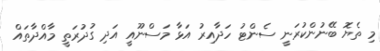
މި ތެޔޮ ބޭނުންކުރަނީ ސެންޓު ހަދާއިރު އަޅާ މަސްނޫއީ އަދި ގުދުރަތީ މާއްދާތައް